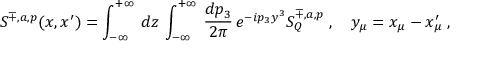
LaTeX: S ^ { \mp , a , p } ( x , x ^ { \prime } ) = \int _ { - \infty } ^ { + \infty } \, d z \, \int _ { - \infty } ^ { + \infty } \, \frac { d p _ { 3 } } { 2 \pi } \, e ^ { - i p _ { 3 } y ^ { 3 } } S _ { Q } ^ { \mp , a , p } \; , \quad y _ { \mu } = x _ { \mu } - x _ { \mu } ^ { \prime } \; ,